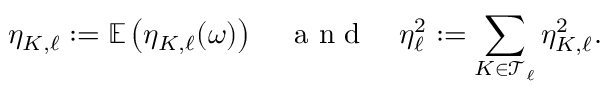
\eta _ { K , \ell } : = \mathbb E \left( \eta _ { K , \ell } ( \boldsymbol \omega ) \right) \quad \mathrm { ~ a ~ n ~ d ~ } \quad \eta _ { \ell } ^ { 2 } : = \sum _ { K \in \mathcal { T } _ { \ell } } \eta _ { K , \ell } ^ { 2 } .